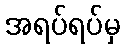
အရပ်ရပ်မှ